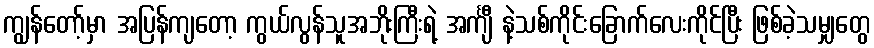
ကျွန်တော့်မှာ အပြန်ကျတော့ ကွယ်လွန်သူအဘိုးကြီးရဲ့ အင်္ကျီ နဲ့သစ်ကိုင်းခြောက်လေးကိုင်ပြီး ဖြစ်ခဲ့သမျှတွေ